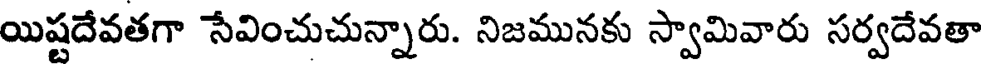
యిష్టదేవతగా సేవించుచున్నారు. నిజమునకు స్వామివారు సర్వదేవతా